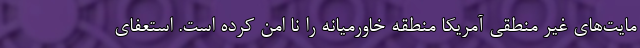
مایت‌های غیر منطقی آمریکا منطقه خاورمیانه را نا امن کرده است. استعفای